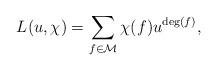
LaTeX: \begin{align*}L(u,\chi) = \sum_{f \in \mathcal{M}} \chi(f)u^{\deg (f)},\end{align*}